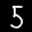
Label: 5